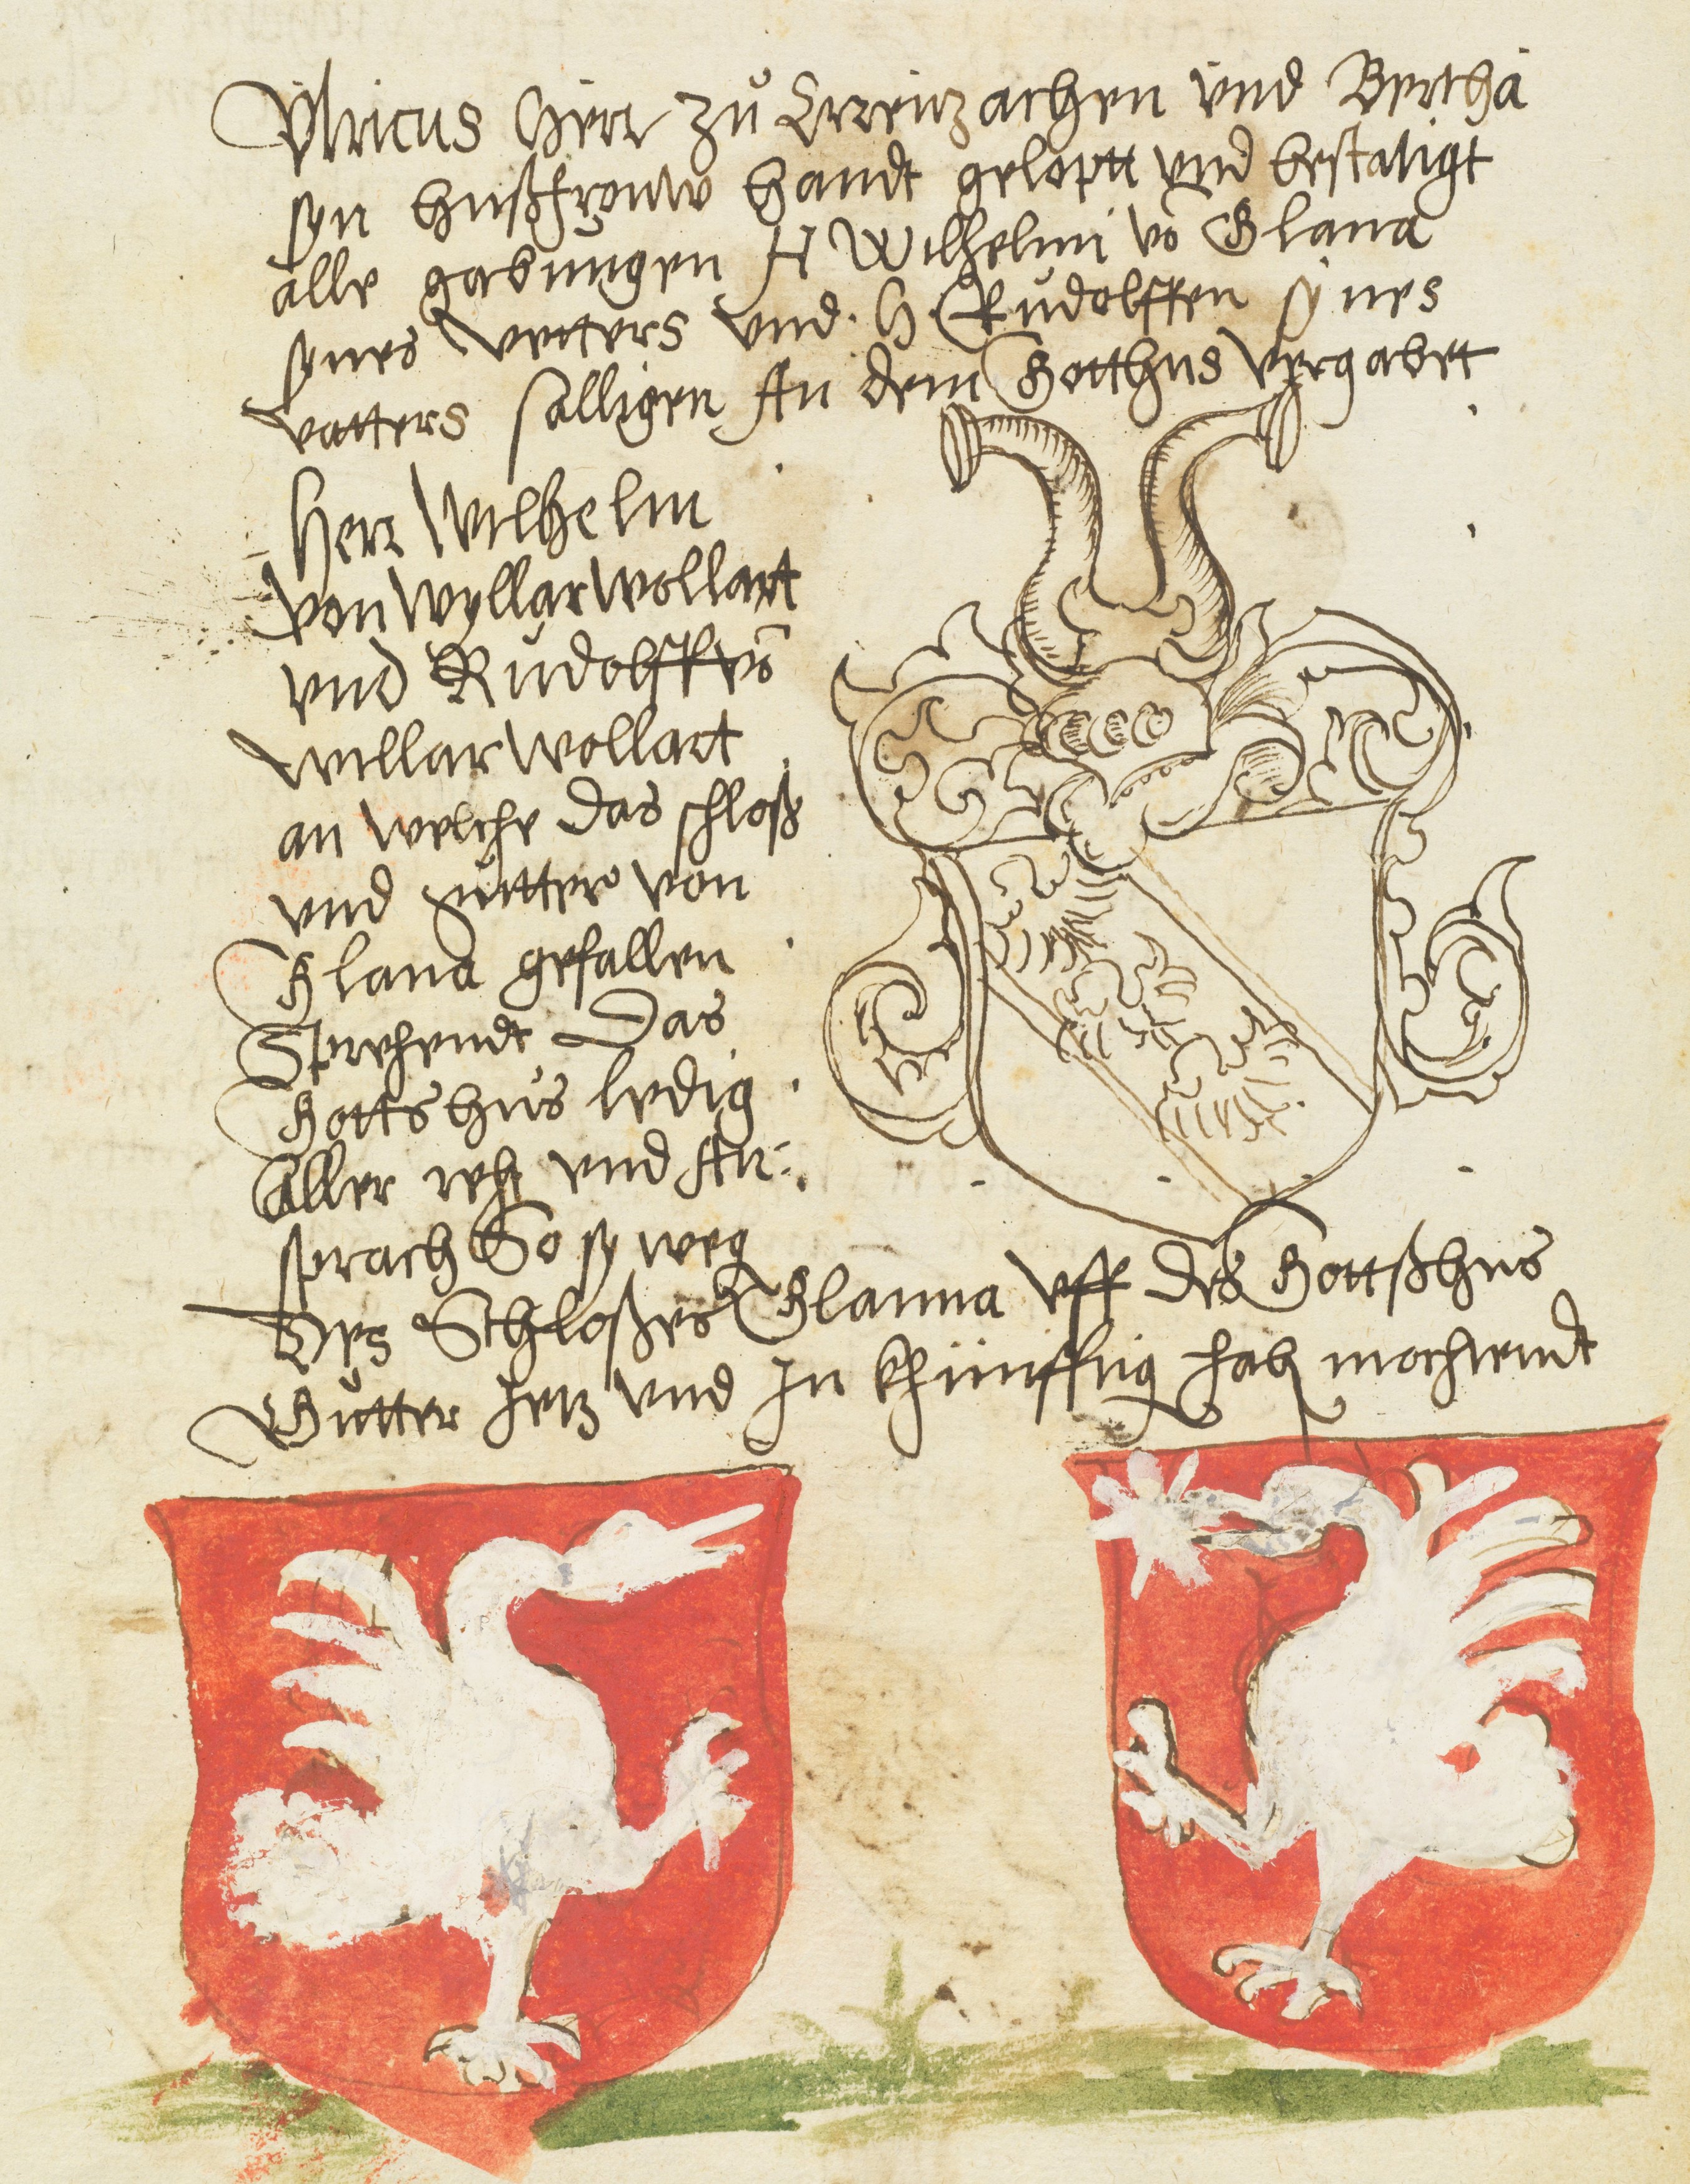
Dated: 1600–1630